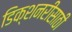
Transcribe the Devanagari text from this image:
डिक्शनरीसाठी